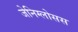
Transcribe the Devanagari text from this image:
जेनिग्लोसस